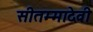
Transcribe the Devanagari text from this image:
सीतम्मादेवी